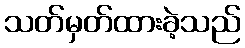
သတ်မှတ်ထားခဲ့သည်